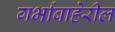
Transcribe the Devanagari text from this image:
गर्भाबाहेरील